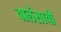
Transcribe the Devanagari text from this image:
वालेंसाची